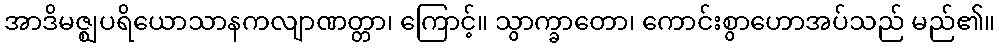
အာဒိမဇ္ဈပရိယောသာနကလျာဏတ္တာ၊ ကြောင့်။ သွာက္ခာတော၊ ကောင်းစွာဟောအပ်သည် မည်၏။